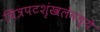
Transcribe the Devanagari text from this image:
चित्रपटशृंखलेमध्ये